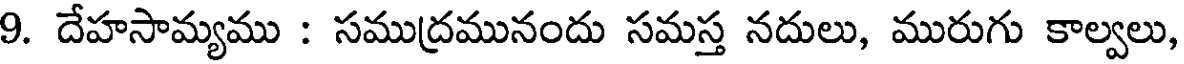
9. దేహసామ్యము : సముద్రమునందు సమస్త నదులు, మురుగు కాల్వలు,